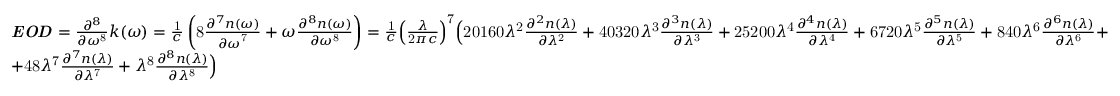
{ \begin{array} { l } { { \boldsymbol { \it { E O D } } } = { \frac { { \partial } ^ { 8 } } { \partial { \omega } ^ { \mathrm { 8 } } } } k \mathrm { ( } \omega \mathrm { ) } = { \frac { \mathrm { 1 } } { c } } \left( \mathrm { 8 } { \frac { { \partial } ^ { 7 } n \mathrm { ( } \omega \mathrm { ) } } { { \partial \omega } ^ { \mathrm { 7 } } } } + \omega { \frac { { \partial } ^ { 8 } n \mathrm { ( } \omega \mathrm { ) } } { \partial { \omega } ^ { \mathrm { 8 } } } } \right) = { \frac { \mathrm { 1 } } { c } } { \left( { \frac { \lambda } { \mathrm { 2 } \pi c } } \right) } ^ { \mathrm { 7 } } { \Bigl ( } \mathrm { 2 0 1 6 0 } { \lambda } ^ { \mathrm { 2 } } { \frac { { \partial } ^ { 2 } n \mathrm { ( } \lambda \mathrm { ) } } { \partial { \lambda } ^ { \mathrm { 2 } } } } + \mathrm { 4 0 3 2 0 } { \lambda } ^ { \mathrm { 3 } } { \frac { { \partial } ^ { 3 } n \mathrm { ( } \lambda \mathrm { ) } } { \partial { \lambda } ^ { \mathrm { 3 } } } } + \mathrm { 2 5 2 0 0 } { \lambda } ^ { \mathrm { 4 } } { \frac { { \partial } ^ { 4 } n \mathrm { ( } \lambda \mathrm { ) } } { \partial { \lambda } ^ { \mathrm { 4 } } } } + \mathrm { 6 7 2 0 } { \lambda } ^ { \mathrm { 5 } } { \frac { { \partial } ^ { 5 } n \mathrm { ( } \lambda \mathrm { ) } } { \partial { \lambda } ^ { \mathrm { 5 } } } } + \mathrm { 8 4 0 } { \lambda } ^ { \mathrm { 6 } } { \frac { { \partial } ^ { 6 } n \mathrm { ( } \lambda \mathrm { ) } } { \partial { \lambda } ^ { \mathrm { 6 } } } } + } \\ { + \mathrm { 4 8 } { \lambda } ^ { \mathrm { 7 } } { \frac { { \partial } ^ { 7 } n \mathrm { ( } \lambda \mathrm { ) } } { \partial { \lambda } ^ { \mathrm { 7 } } } } + { \lambda } ^ { \mathrm { 8 } } { \frac { { \partial } ^ { 8 } n \mathrm { ( } \lambda \mathrm { ) } } { \partial { \lambda } ^ { \mathrm { 8 } } } } { \Bigr ) } } \end{array} }